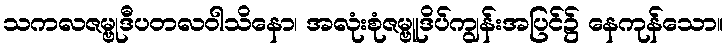
သကလဇမ္ဗုဒီပတလဝါသိနော၊ အလုံးစုံဇမ္ဗူဒိပ်ကျွန်းအပြင်၌ နေကုန်သော။